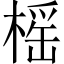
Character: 榣